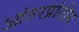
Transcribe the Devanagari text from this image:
आंतरप्रांतीय